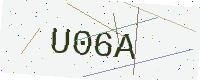
Text: U06A